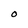
Character: O